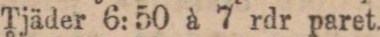
Tjäder 6: 50 à 7 rdr paret.